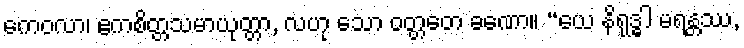
ကေဝလာ၊ ဧကစိတ္တသမာယုတ္တာ, လဟု သော ဝတ္တတေ ခဏော။ “ယေ နိရုဒ္ဓါ မရန္တဿ,